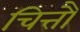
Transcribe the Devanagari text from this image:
चित्तौ